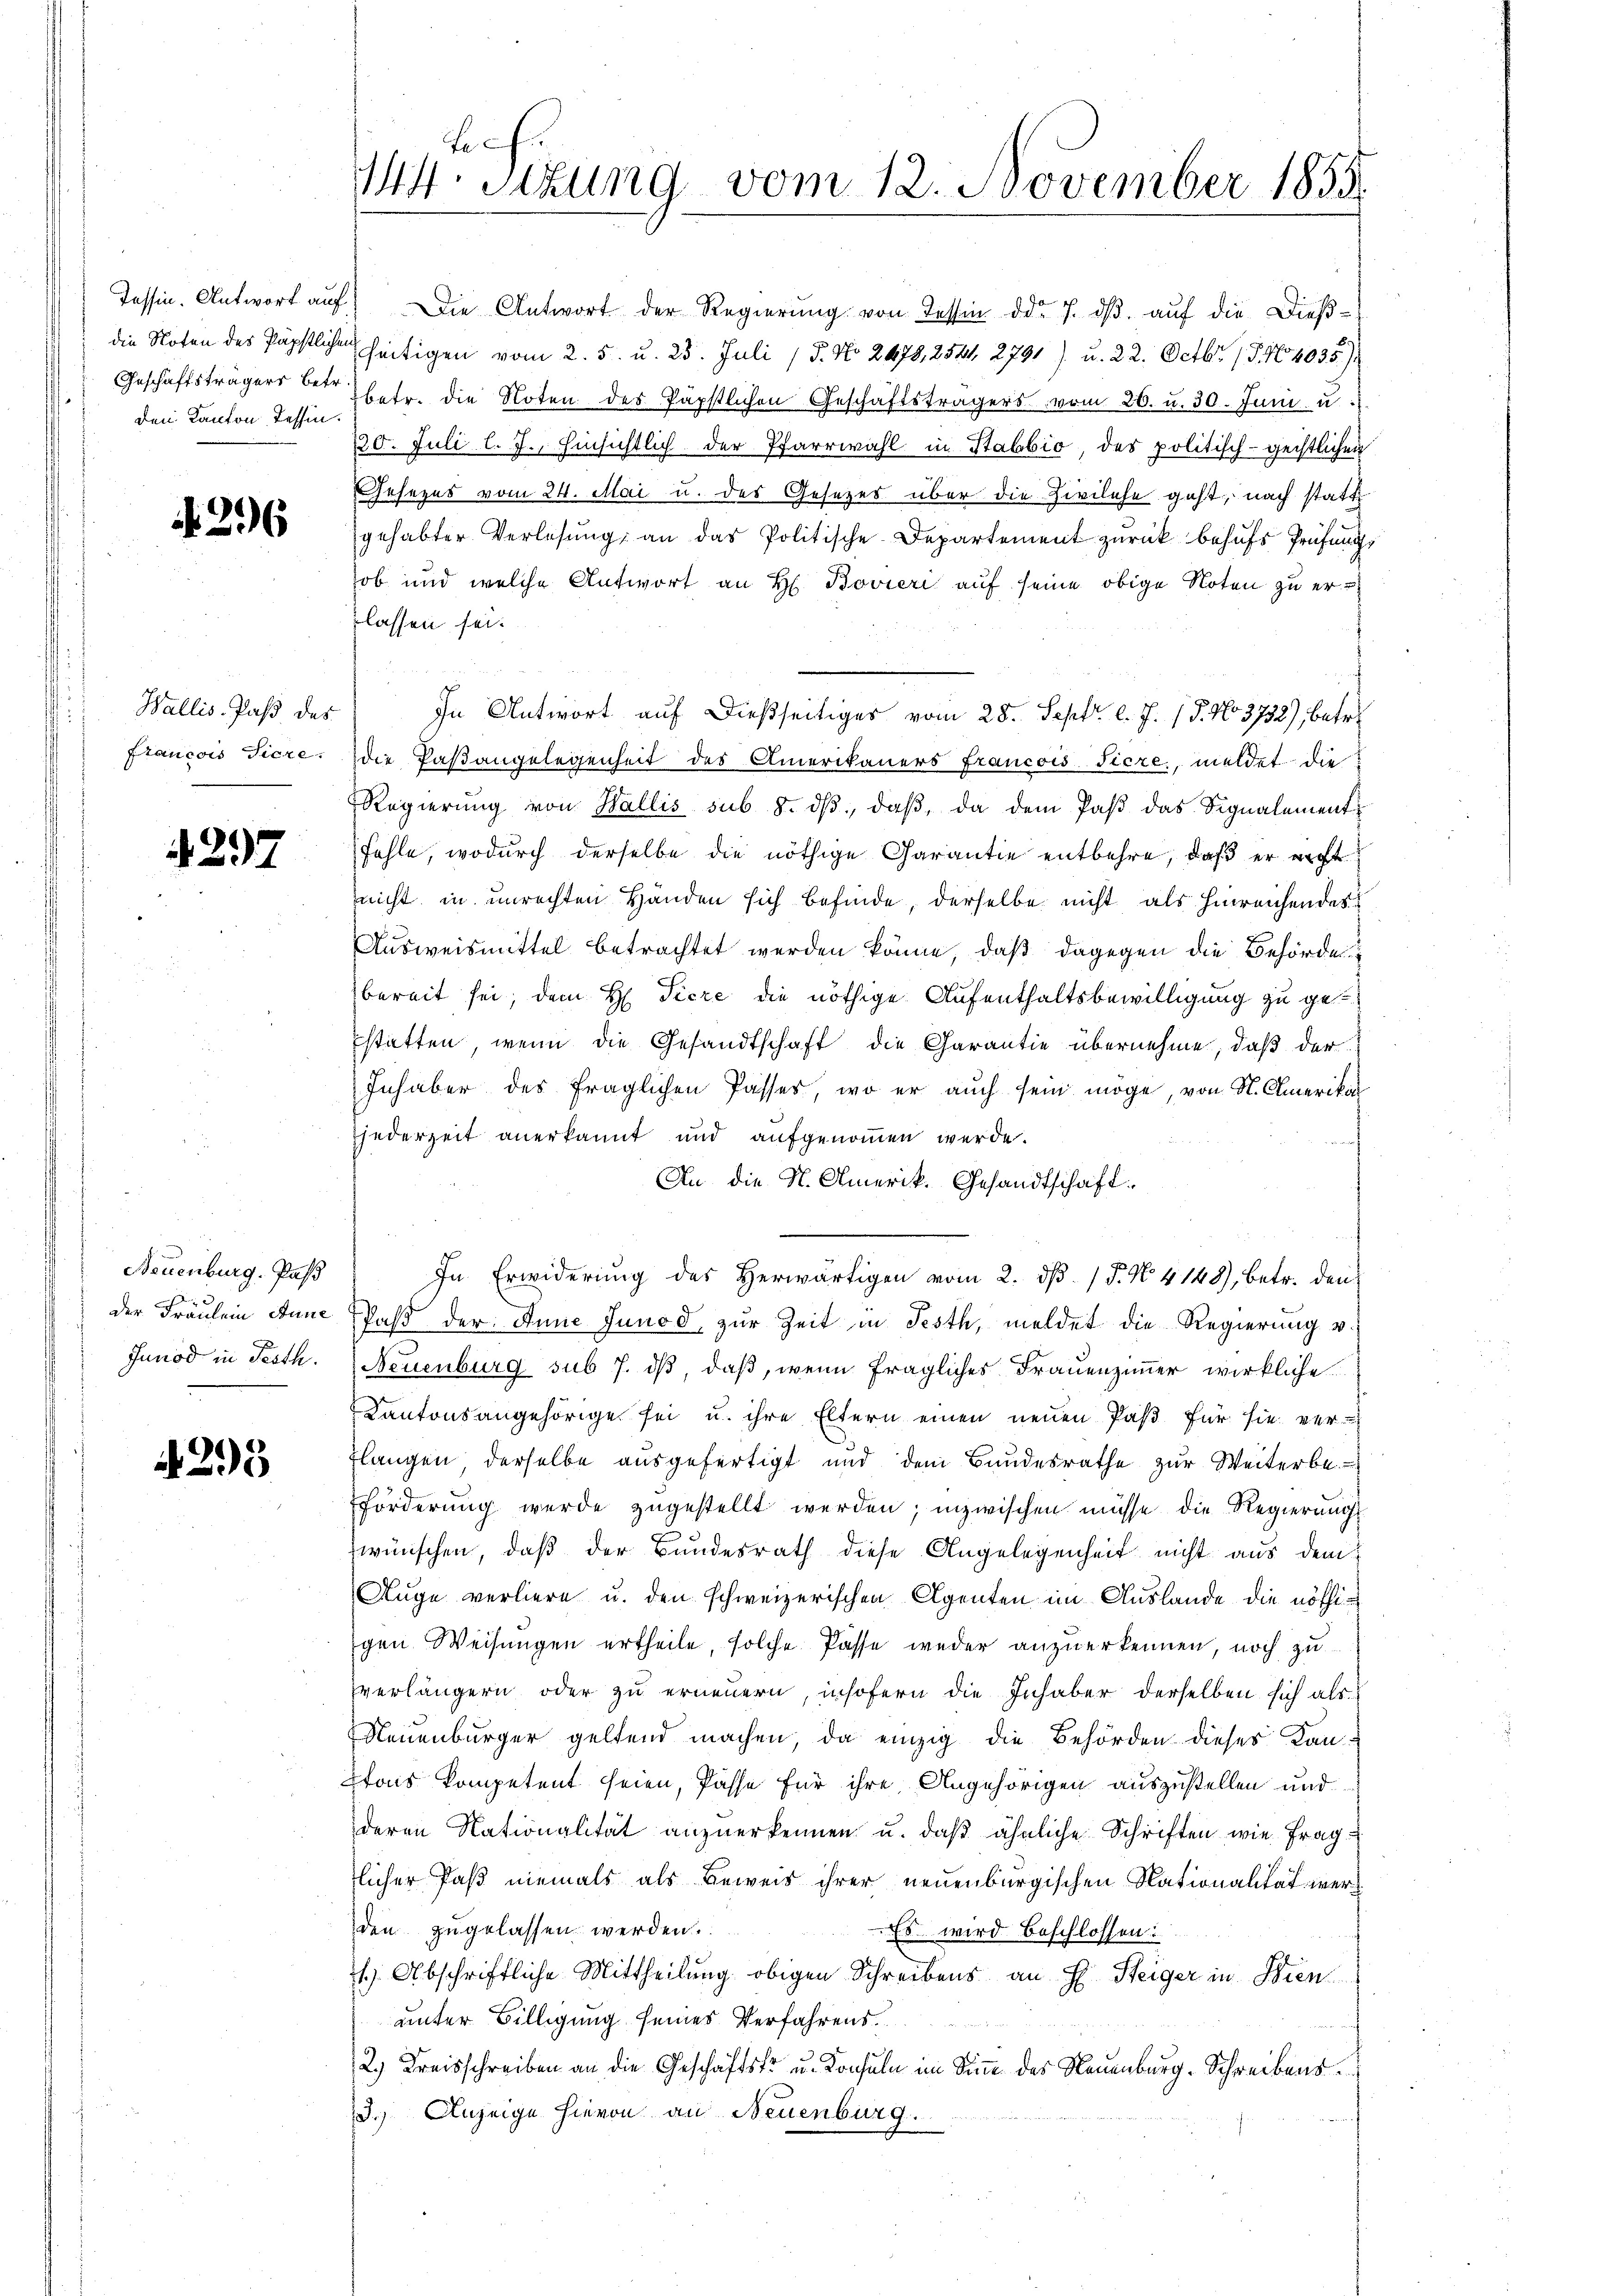
Tessin. Antwort auf
die Noten des Papstliche
Geschäftsträgers betr
den Kanton Tessin.

4396

Wallis. Pass des
Francois Tiere.

4297

Neuenburg. Pas
der Fräulein Anne
Junod in Festh.

295

M4: Stzung vom 12. November 1855.

) Die Antwort der Regierŭng von Tessin ddo 7. dβ aŭf die Dieß-
uh seitigen vom 2. 5. u. 25. Juli / 5. No 2478, 2541, 2791) u. 22. Octbr. 19. 464035)
betr. die Noten des Päpstlichen Geschäftsträgers vom 26. u. 30. Juni u.
220. Juli l. J., hinsichtlich der Pfarrwahl in Stabbio, des politisch-geistlichen
Gesezes vom 24. Mai u. des Gesetzes über die Zivilehe geht, nach statt
gehabter Verlesung an das Politische Departement zurück behufs Prüfungs
ob und welche Antwort an H. Bovier auf seine obige Noten zu erlassen sei.
In Antwort auf dießseitiges vom 28. Sept. l. J. 15. No 3732), betre
die Paßangelegenheit des Amerikaners Francois Tiere, meldet die
Regierung von Wallis sub. 8. dβ, daß, da dem Paβ das Signalementfehle, wodurch derselbe die nöthige Garantie entbehre, daß er nicht
nicht in unrechten Händen sich befinde, derselbe nicht als hinreichendes
Ausweismittel betrachtet werden könne, daß dagegen die Behörde
bereit sei, dem H. Tiere die nöthige Aufenthaltsbewilligung zu gestatten, wenn die Gesandtschaft die Carantie übernehme, daß der
Inhaber des fraglichen Passes, wo er auch sein möge, von N. Amerika
jederzeit anerkannt und aufgenommen werde.
An die N. Amerik. Gesandtschaft.
In Erwiderung des herwärtigen vom 2. dβ. / 5. No. 4148), betr. den
Paß der Anne Junod, zur Zeit in Festh, meldet die Regierung v.
Neuenburg sub 7. ds, daß, wenn fragliches Frauenzimmer wirkliche
Kantonsangehörige sei u. ihre Eltern einen neuen Paß für sie ver-
Flangen derselbe ausgefertigt und dem Bundesrathe zŭr Weiterbe-
förderung werde zugestellt werden; inzwischen müsse die Regierungs
wünschen, daß der Bundesrath diese Angelegenheit nicht aus dem
Auge verliere u. den schweizerischen Agenten im Auslande die nöthigen Weisungen ertheile, solche Pässe weder anzuerkennen, noch zu
verlängern oder zu erneuern, insofern die Inhaber derselben sich als
Neuenburger geltend machen, da einzig die Behörden dieses Kantons kompetent seien, Pässe für ihre Angehörigen auszustellen und
deren Nationalität anzuerkennen u. daβ ähnliche Schriften wie fraglicher Paß niemals als Beweis ihrer neuenburgischen Nationalität werden zugelassen werden.
Es wird beschlossen:
1 Abschriftliche Mittheilung obigen Schreibens an H. Steiger in Bien
unter Billigung seines Verfahrens.
2.) Kreisschreiben an die Geschäftsfr. u. Konsuln im Sinn des Neuenburg-Schreibens
3.) Anzeige hievon an Neuenburg.